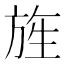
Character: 旌